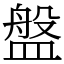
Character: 盤